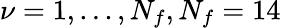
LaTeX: \nu=1,...,N_{f},N_{f}=14